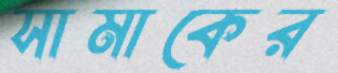
সামাকের